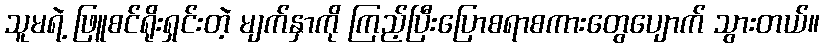
သူမရဲ့ ဖြူစင်ရိုးရှင်းတဲ့ မျက်နှာကို ကြည့်ပြီးပြောစရာစကားတွေပျောက် သွားတယ်။